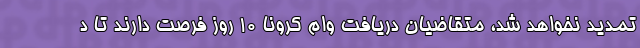
تمدید نخواهد شد، متقاضیان دریافت وام کرونا ۱۰ روز فرصت دارند تا د